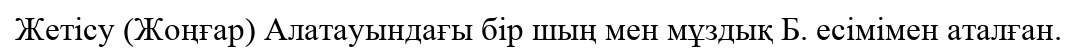
Жетісу (Жоңғар) Алатауындағы бір шың мен мұздық Б. есімімен аталған.